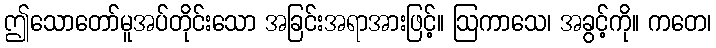
ဤသောတော်မူအပ်တိုင်းသော အခြင်းအရာအားဖြင့်။ ဩကာသေ၊ အခွင့်ကို။ ကတေ၊